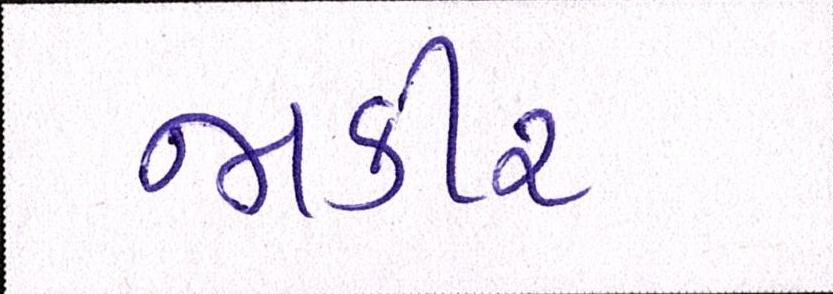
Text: જાકીર